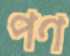
পণ